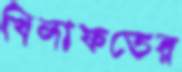
খিলাফতের